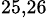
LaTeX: ^{25,26}